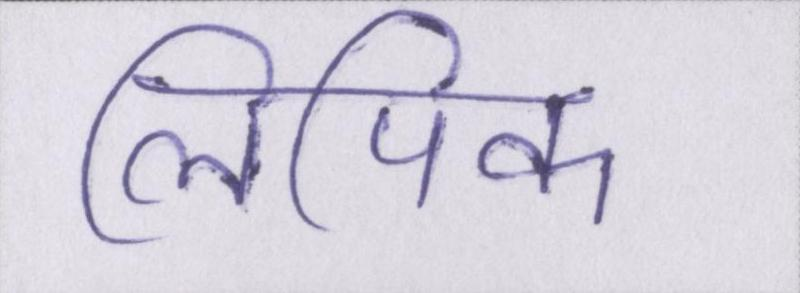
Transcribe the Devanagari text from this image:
लिपिक